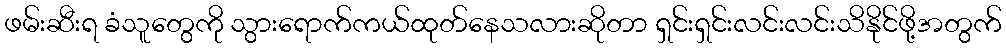
ဖမ်းဆီးရ ခံသူတွေကို သွားရောက်ကယ်ထုတ်နေသလားဆိုတာ ရှင်းရှင်းလင်းလင်းသိနိုင်ဖို့အတွက်